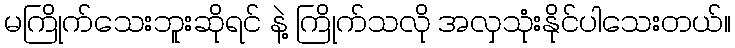
မကြိုက်သေးဘူးဆိုရင် နဲ့ ကြိုက်သလို အလှသုံးနိုင်ပါသေးတယ်။